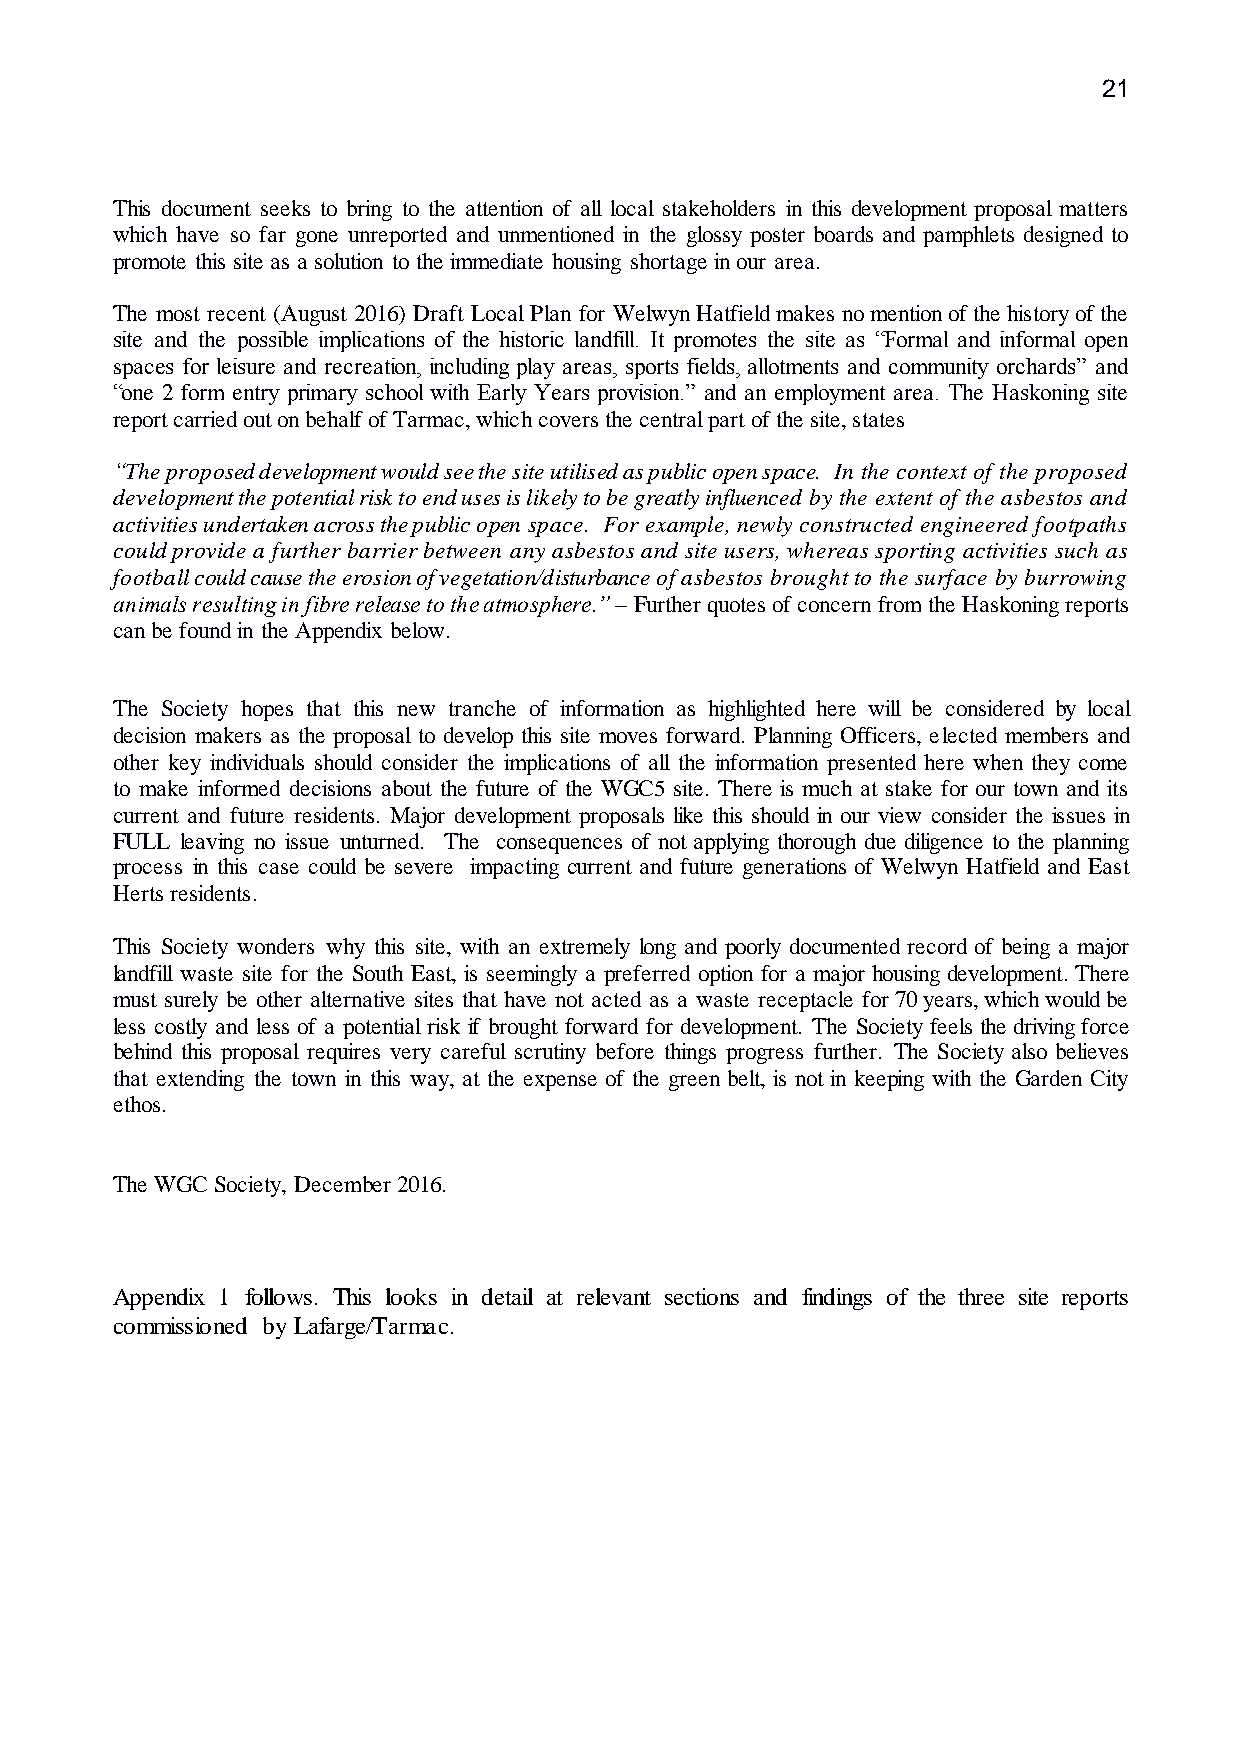
21
 This document seeks to bring to the attention of all local stakeholders in this development proposal matters
 which have so far gone unreported and unmentioned in the glossy poster boards and pamphlets designed to
 promote this site as a solution to the immediate housing shortage in our area.
 The most recent (August 2016) Draft Local Plan for Welwyn Hatfield makes no mention of the history of the
 site and the possible implications of the historic landfill. It promotes the site as “Formal and informal open
 spaces for leisure and recreation, including play areas, sports fields, allotments and community orchards” and
 “one 2 form entry primary school with Early Years provision.” and an employment area. The Haskoning site
 report carried out on behalf of Tarmac, which covers the central part of the site, states
 “The proposed development would see the site utilised as public open space. In the context of the proposed
 development the potential risk to end uses is likely to be greatly influenced by the extent of the asbestos and
 activities undertaken across the public open space. For example, newly constructed engineered footpaths
 could provide a further barrier between any asbestos and site users, whereas sporting activities such as
 football could cause the erosion of vegetation/disturbance of asbestos brought to the surface by burrowing
 animals resulting in fibre release to the atmosphere.” – Further quotes of concern from the Haskoning reports
 can be found in the Appendix below.
 The Society hopes that this new tranche of information as highlighted here will be considered by local
 decision makers as the proposal to develop this site moves forward. Planning Officers, elected members and
 other key individuals should consider the implications of all the information presented here when they come
 to make informed decisions about the future of the WGC5 site. There is much at stake for our town and its
 current and future residents. Major development proposals like this should in our view consider the issues in
 FULL leaving no issue unturned. The consequences of not applying thorough due diligence to the planning
 process in this case could be severe impacting current and future generations of Welwyn Hatfield and East
 Herts residents.
 This Society wonders why this site, with an extremely long and poorly documented record of being a major
 landfill waste site for the South East, is seemingly a preferred option for a major housing development. There
 must surely be other alternative sites that have not acted as a waste receptacle for 70 years, which would be
 less costly and less of a potential risk if brought forward for development. The Society feels the driving force
 behind this proposal requires very careful scrutiny before things progress further. The Society also believes
 that extending the town in this way, at the expense of the green belt, is not in keeping with the Garden City
 ethos.
 The WGC Society, December 2016.
 Appendix 1 follows. This looks in detail at relevant sections and findings of the three site reports
 commissioned by Lafarge/Tarmac.